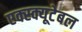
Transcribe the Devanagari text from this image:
एक्स्क्यूटेबल